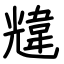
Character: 韑